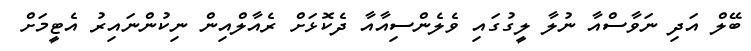
ބޭލް އަދި ނަވާސްއާ ނުލާ ލީގުގައި ވެލެންސިއާއާ ދެކޮޅަށް ރެއާލްއިން ނިކުންނައިރު އެޓީމަށް